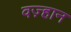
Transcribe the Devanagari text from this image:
वज़्हान